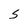
Character: S